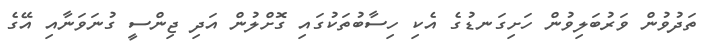
ތަދުވުން ވަރުބަލިވުން ހަށިގަނޑުގެ އެކި ހިސާބުތަކުގައި ގޮށްލުން އަދި ޖިންސީ ގުނަވަނާއި އޭގެ